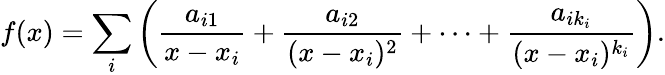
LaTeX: f(x)=\sum_{i}\left({\frac{a_{i1}}{x-x_{i}}}+{\frac{a_{i2}}{(x-x_{i})^{2}}}+\cdots+{\frac{a_{ik_{i}}}{(x-x_{i})^{k_{i}}}}\right).